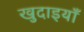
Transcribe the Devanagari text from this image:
खुदाइयाँ